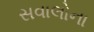
સવાલોના